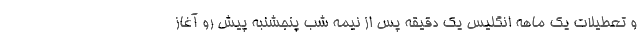
و تعطیلات یک ماهه انگلیس یک دقیقه پس از نیمه شب پنجشنبه پیش رو آغاز